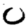
Digit: 0